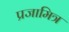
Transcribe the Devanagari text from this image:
प्रजामित्र